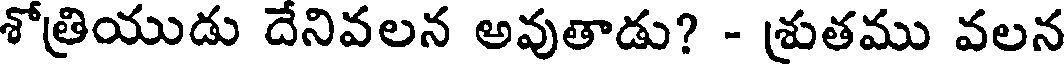
శోత్రియుడు దేనివలన అవుతాడు? - శ్రుతము వలన